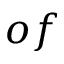
o f